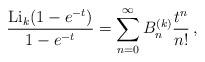
\begin{align*} \frac{{\rm Li}_k(1-e^{-t})}{1-e^{-t}}=\sum_{n=0}^\infty B_n^{(k)}\frac{t^n}{n!}\,, \end{align*}